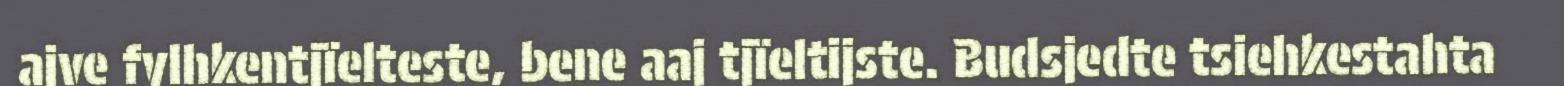
ajve fylhkentjïelteste, bene aaj tjïeltijste. Budsjedte tsiehkestahta